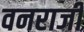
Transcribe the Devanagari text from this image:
वनराजी